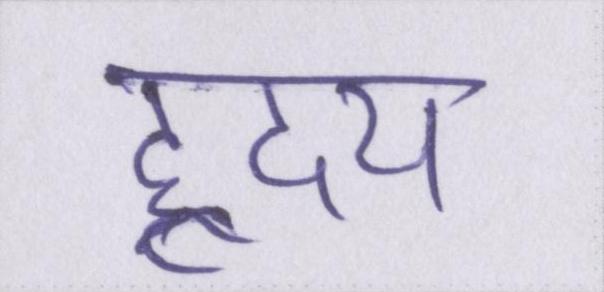
ह्रदय